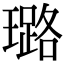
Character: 璐